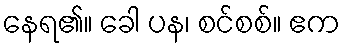
နေရ၏။ ခေါ ပန၊ စင်စစ်။ ဧက